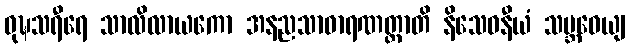
ဝုဍ္ဎသရီရေ သာလိလာယကော အနညသာဓာရဏတ္တာတိ နိသေဓနီယံ သမ္ဘဝေယျ